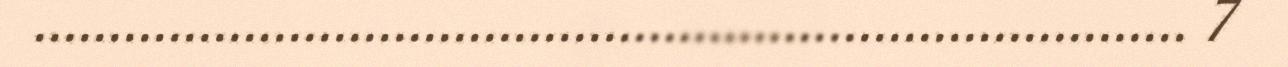
............................................................................. 7